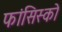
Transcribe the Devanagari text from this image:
फांसिस्को